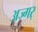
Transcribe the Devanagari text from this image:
अज्गर्